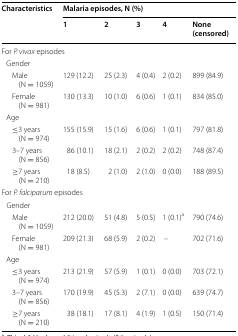
<table><thead><tr><td rowspan="2"><b>Characteristics</b></td><td colspan="5"><b>Malaria episodes, N (%)</b></td></tr><tr><td><b>1</b></td><td><b>2</b></td><td><b>3</b></td><td><b>4</b></td><td><b>None (censored)</b></td></tr></thead><tbody><tr><td colspan="6">For <i>P. vivax</i> episodes</td></tr><tr><td colspan="6"> Gender</td></tr><tr><td>Male (N = 1059)</td><td>129 (12.2)</td><td>25 (2.3)</td><td>4 (0.4)</td><td>2 (0.2)</td><td>899 (84.9)</td></tr><tr><td>Female (N = 981)</td><td>130 (13.3)</td><td>10 (1.0)</td><td>6 (0.6)</td><td>1 (0.1)</td><td>834 (85.0)</td></tr><tr><td colspan="6"> Age</td></tr><tr><td>≤3 years (N = 974)</td><td>155 (15.9)</td><td>15 (1.6)</td><td>6 (0.6)</td><td>1 (0.1)</td><td>797 (81.8)</td></tr><tr><td>3–7 years (N = 856)</td><td>86 (10.1)</td><td>18 (2.1)</td><td>2 (0.2)</td><td>2 (0.2)</td><td>748 (87.4)</td></tr><tr><td>≥7 years (N = 210)</td><td>18 (8.5)</td><td>2 (1.0)</td><td>2 (1.0)</td><td>0 (0.0)</td><td>188 (89.5)</td></tr><tr><td colspan="6">For <i>P. falciparum</i> episodes</td></tr><tr><td colspan="6"> Gender</td></tr><tr><td>Male (N = 1059)</td><td>212 (20.0)</td><td>51 (4.8)</td><td>5 (0.5)</td><td>1 (0.1)<sup>a</sup></td><td>790 (74.6)</td></tr><tr><td>Female (N = 981)</td><td>209 (21.3)</td><td>68 (5.9)</td><td>2 (0.2)</td><td>–</td><td>702 (71.6)</td></tr><tr><td colspan="6"> Age</td></tr><tr><td>≤3 years (N = 974)</td><td>213 (21.9)</td><td>57 (5.9)</td><td>1 (0.1)</td><td>0 (0.0)</td><td>703 (72.1)</td></tr><tr><td>3–7 years (N = 856)</td><td>170 (19.9)</td><td>45 (5.3)</td><td>2 (7.1)</td><td>0 (0.0)</td><td>639 (74.7)</td></tr><tr><td>≥7 years (N = 210)</td><td>38 (18.1)</td><td>17 (8.1)</td><td>4 (1.9)</td><td>1 (0.5)</td><td>150 (71.4)</td></tr></tbody></table>